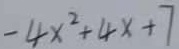
- 4 x ^ { 2 } + 4 x + 7